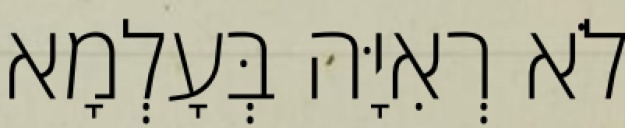
לֹא רְאִיָּה בְּעָלְמָא